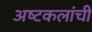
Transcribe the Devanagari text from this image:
अष्‍टकलांची